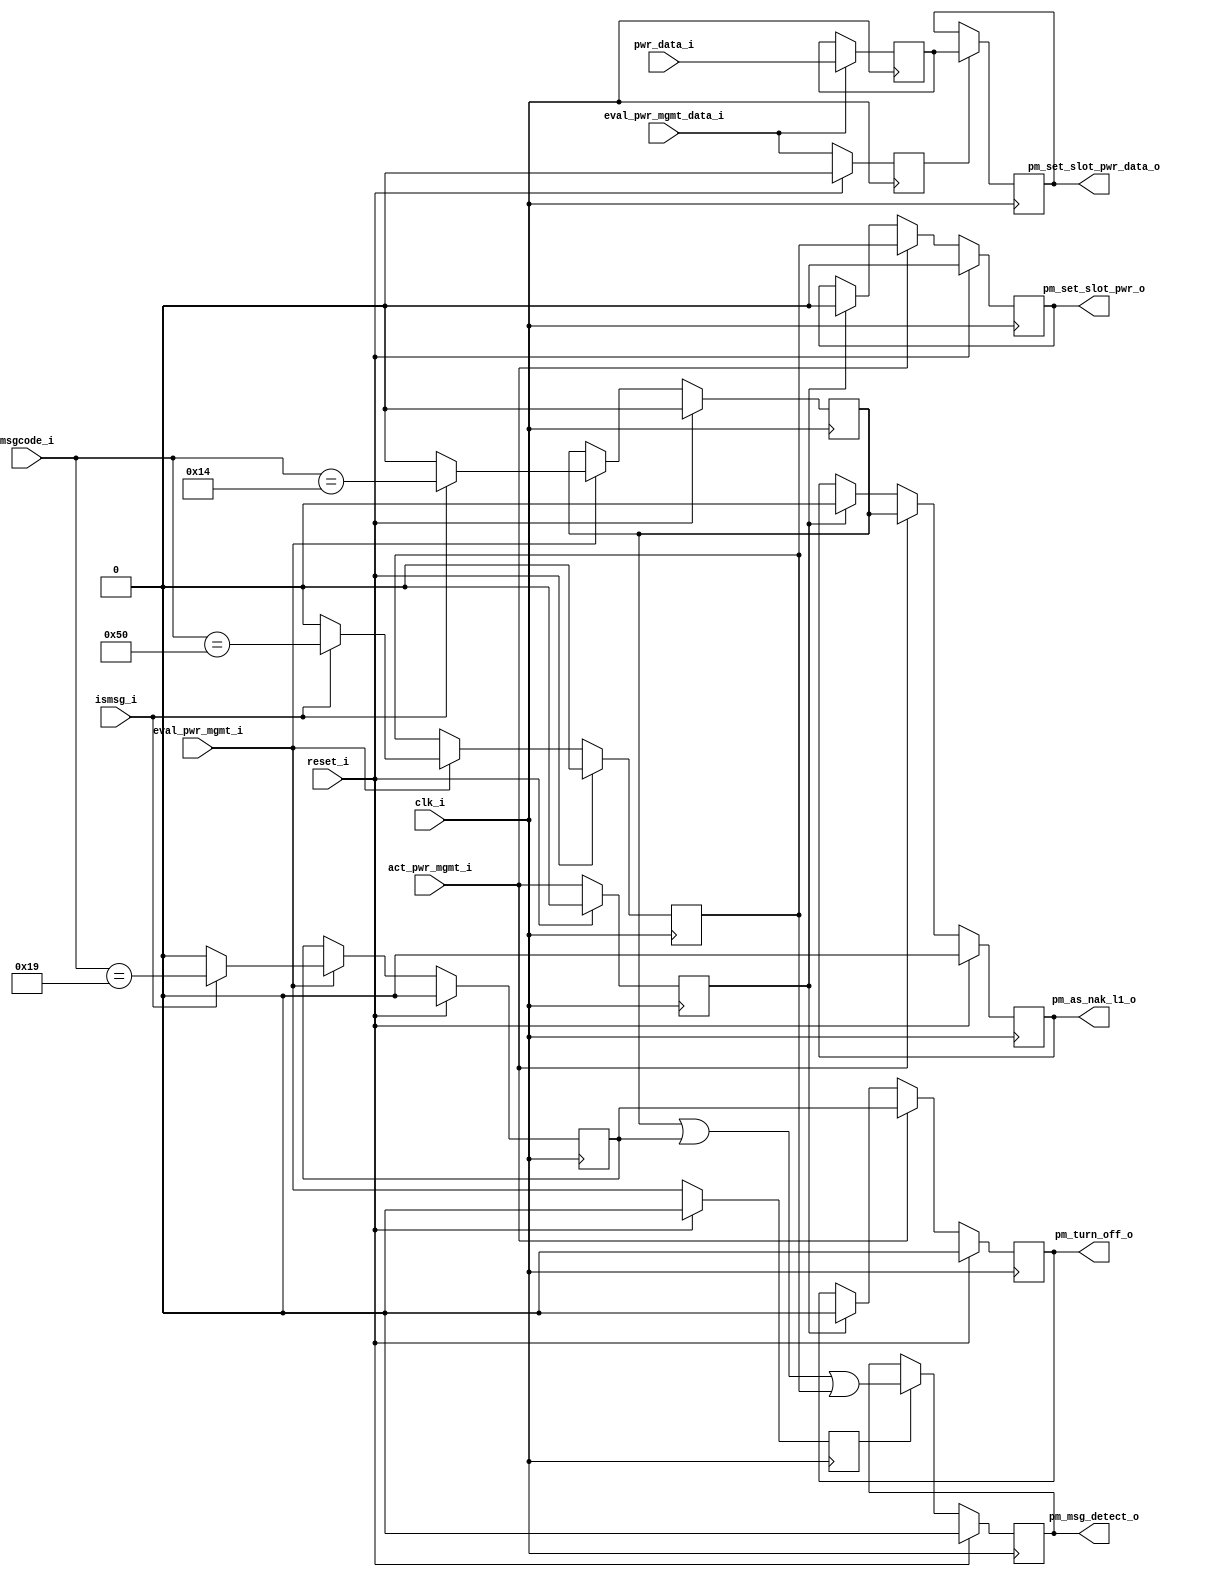

//-----------------------------------------------------------------------------
//
// (c) Copyright 2009 Xilinx, Inc. All rights reserved.
//
// This file contains confidential and proprietary information of Xilinx, Inc.
// and is protected under U.S. and international copyright and other
// intellectual property laws.
//
// DISCLAIMER
//
// This disclaimer is not a license and does not grant any rights to the
// materials distributed herewith. Except as otherwise provided in a valid
// license issued to you by Xilinx, and to the maximum extent permitted by
// applicable law: (1) THESE MATERIALS ARE MADE AVAILABLE "AS IS" AND WITH ALL
// FAULTS, AND XILINX HEREBY DISCLAIMS ALL WARRANTIES AND CONDITIONS, EXPRESS,
// IMPLIED, OR STATUTORY, INCLUDING BUT NOT LIMITED TO WARRANTIES OF
// MERCHANTABILITY, NON-INFRINGEMENT, OR FITNESS FOR ANY PARTICULAR PURPOSE;
// and (2) Xilinx shall not be liable (whether in contract or tort, including
// negligence, or under any other theory of liability) for any loss or damage
// of any kind or nature related to, arising under or in connection with these
// materials, including for any direct, or any indirect, special, incidental,
// or consequential loss or damage (including loss of data, profits, goodwill,
// or any type of loss or damage suffered as a result of any action brought by
// a third party) even if such damage or loss was reasonably foreseeable or
// Xilinx had been advised of the possibility of the same.
//
// CRITICAL APPLICATIONS
//
// Xilinx products are not designed or intended to be fail-safe, or for use in
// any application requiring fail-safe performance, such as life-support or
// safety devices or systems, Class III medical devices, nuclear facilities,
// applications related to the deployment of airbags, or any other
// applications that could lead to death, personal injury, or severe property
// or environmental damage (individually and collectively, "Critical
// Applications"). Customer assumes the sole risk and liability of any use of
// Xilinx products in Critical Applications, subject only to applicable laws
// and regulations governing limitations on product liability.
//
// THIS COPYRIGHT NOTICE AND DISCLAIMER MUST BE RETAINED AS PART OF THIS FILE
// AT ALL TIMES.
//
//-----------------------------------------------------------------------------
// Project    : V5-Block Plus for PCI Express
//--------------------------------------------------------------------------------
//--------------------------------------------------------------------------------
/*****************************************************************************
 *  Description : Rx Data Sink power management packet interpretation
 *
 *     Hierarchical :
 *
 *     Functional :
 *      Removes power management packets from the stream and signals
 *        sideband to CMM
 *
 ****************************************************************************/
`timescale 1ns/1ps
`ifndef TCQ
 `define TCQ 1
`endif

`ifndef AS
module tlm_rx_data_snk_pwr_mgmt
  (
   input                 clk_i,
   input                 reset_i,

   // Power management signals for CMM
   output reg            pm_as_nak_l1_o,    // Pkt detected, implies src_rdy
   output reg            pm_turn_off_o,     // Pkt detected, implies src_rdy
   output reg            pm_set_slot_pwr_o, // Pkt detected, implies src_rdy
   output reg [9:0]      pm_set_slot_pwr_data_o, // value of field
   output reg            pm_msg_detect_o,   // grabbed a pm signal

   input                 ismsg_i,           // Packet data type
   input [7:0]           msgcode_i,         // message code
   input [9:0]           pwr_data_i,        // set slot value
   input                 eval_pwr_mgmt_i,   // grab the sideband fields
   input                 eval_pwr_mgmt_data_i, // get the data, if it exists
   input                 act_pwr_mgmt_i     // transmit the sideband fields
   );

  //-----------------------------------------------------------------------------
  // PCI Express constants
  //-----------------------------------------------------------------------------
  // Message code
  localparam             PM_ACTIVE_STATE_NAK       = 8'b0001_0100;
  localparam             PME_TURN_OFF              = 8'b0001_1001;
  localparam             SET_SLOT_POWER_LIMIT      = 8'b0101_0000;

  reg                    cur_pm_as_nak_l1;
  reg                    cur_pm_turn_off;
  reg                    cur_pm_set_slot_pwr;

  reg                    eval_pwr_mgmt_q1;
  reg                    eval_pwr_mgmt_data_q1;
  reg                    act_pwr_mgmt_q1;

  reg [9:0]              pm_set_slot_pwr_data_d1;

  // grab the fields at the beginning of the packet when known
  //----------------------------------------------------------
  always @(posedge clk_i) begin
    if (reset_i) begin
      cur_pm_as_nak_l1           <= #`TCQ 0;
      cur_pm_turn_off            <= #`TCQ 0;
      cur_pm_set_slot_pwr        <= #`TCQ 0;
    end else if (eval_pwr_mgmt_i) begin
      // ismsg is ANY message - malformed will are another modules
      // problem
      if (ismsg_i) begin
        cur_pm_as_nak_l1         <= #`TCQ (msgcode_i == PM_ACTIVE_STATE_NAK);
        cur_pm_turn_off          <= #`TCQ (msgcode_i == PME_TURN_OFF);
        cur_pm_set_slot_pwr      <= #`TCQ (msgcode_i == SET_SLOT_POWER_LIMIT);

      // if we aren't a mesg, these can't be true
      end else begin
        cur_pm_as_nak_l1         <= #`TCQ 0;
        cur_pm_turn_off          <= #`TCQ 0;
        cur_pm_set_slot_pwr      <= #`TCQ 0;
      end
    end
  end

  // We need to know which packets we're dropping because we're
  //   already signalling them sideband
  // pipelined due to timing
  //------------------------------------------------------
  always @(posedge clk_i) begin
    if (reset_i) begin
      pm_msg_detect_o            <= #`TCQ 0;
    end else if (eval_pwr_mgmt_q1) begin
      pm_msg_detect_o            <= #`TCQ cur_pm_as_nak_l1 ||
                                          cur_pm_turn_off  ||
                                          cur_pm_set_slot_pwr;
    end
  end


  // Data comes two cycles after the header fields, so we can't
  //   share the input latching fields
  // Furthermore, it will not go away until after eof_q2, so we
  //   can cheat on registers
  // Lastly, it does not imply activation, so we can always grab
  //   the field
  //-----------------------------------------------------------
  always @(posedge clk_i) begin
    if (eval_pwr_mgmt_data_i) begin
      pm_set_slot_pwr_data_d1 <= #`TCQ pwr_data_i;
    end
    if (eval_pwr_mgmt_data_q1) begin
      pm_set_slot_pwr_data_o  <= #`TCQ pm_set_slot_pwr_data_d1;
    end
  end

  // transmit sidebands when we know they are good for
  //   one cycle only
  always @(posedge clk_i) begin
    if (reset_i) begin
      pm_as_nak_l1_o         <= #`TCQ 0;
      pm_turn_off_o          <= #`TCQ 0;
      pm_set_slot_pwr_o      <= #`TCQ 0;
    // at this point, we know the packet is valid
    end else if (act_pwr_mgmt_i) begin
      pm_as_nak_l1_o         <= #`TCQ cur_pm_as_nak_l1;
      pm_turn_off_o          <= #`TCQ cur_pm_turn_off;
      pm_set_slot_pwr_o      <= #`TCQ cur_pm_set_slot_pwr;
    // implies src_rdy, return to zero
    end else if (act_pwr_mgmt_q1) begin
      pm_as_nak_l1_o         <= #`TCQ 0;
      pm_turn_off_o          <= #`TCQ 0;
      pm_set_slot_pwr_o      <= #`TCQ 0;
    end
  end

  // Also need delayed version
  always @(posedge clk_i) begin
    if (reset_i) begin
      eval_pwr_mgmt_q1           <= #`TCQ 0;
      eval_pwr_mgmt_data_q1      <= #`TCQ 0;
      act_pwr_mgmt_q1            <= #`TCQ 0;
    end else begin
      eval_pwr_mgmt_q1           <= #`TCQ eval_pwr_mgmt_i;
      eval_pwr_mgmt_data_q1      <= #`TCQ eval_pwr_mgmt_data_i;
      act_pwr_mgmt_q1            <= #`TCQ act_pwr_mgmt_i;
    end
  end

endmodule
`endif